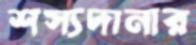
শস্যদানার